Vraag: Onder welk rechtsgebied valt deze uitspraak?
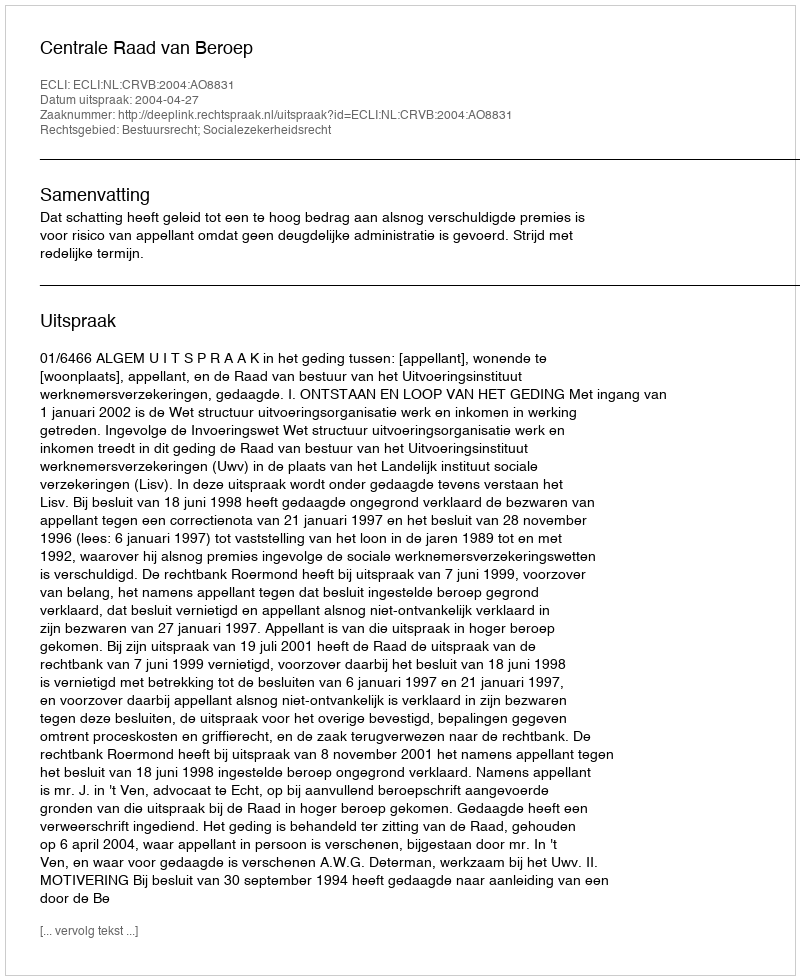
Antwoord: Bestuursrecht; Socialezekerheidsrecht